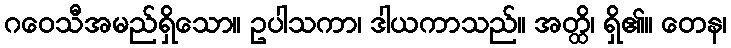
ဂဝေသီအမည်ရှိသော။ ဥပါသကာ၊ ဒါယကာသည်။ အတ္ထိ၊ ရှိ၏။ တေန၊